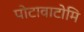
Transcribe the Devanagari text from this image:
पोटावाटोमि